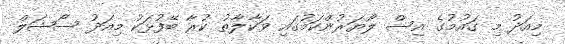
މިއަދު މި ގައުމުގެ އިސް ލޯޔަރުންކަމުގައި ވަކާލާތު ކުރާ ބޭފުޅަކު މިއަދު ސޯޝަލް